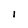
Character: I